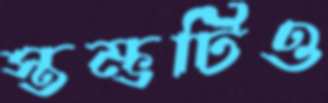
স্তম্ভটিও